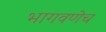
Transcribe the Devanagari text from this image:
भागवणेच